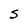
Character: S